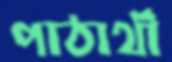
পাঠার্থী